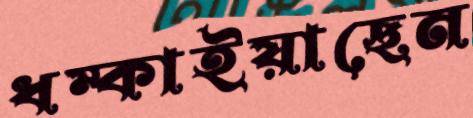
ধম্‌কাইয়াছেন